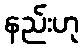
နည်းဟု